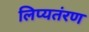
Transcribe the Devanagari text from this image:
लिप्यतंरण